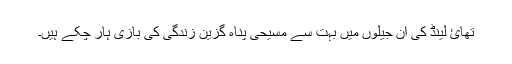
تھائ لینڈ کی ان جیلوں میں بہت سے مسیحی پناہ گزین زندگی کی بازی ہار چکے ہیں۔